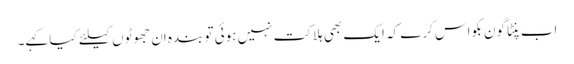
اب پنٹاگون بکواس کرے کہ ایک بھی ہلاکت نہیں ہوئی تو بندہ اِن جھوٹوں کیلئے کیا کہے۔